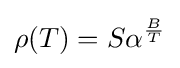
\operatorname {\rho } (T)=S\alpha ^{\frac {B}{T}}